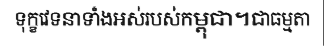
ទុក្ខវេទនាទាំងអស់របស់កម្ពុជា។ជាធម្មតា